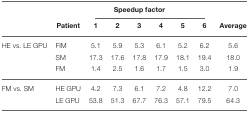
|  |  | <COLSPAN=6> Speedup factor |  |
 |  | Patient | 1 | 2 | 3 | 4 | 5 | 6 | Average |
 | --- | --- | --- | --- | --- | --- | --- | --- | --- |
 | HE vs. LE GPU | FIM | 5.1 | 5.9 | 5.3 | 6.1 | 5.2 | 6.2 | 5.6 |
 |  | SM | 17.3 | 17.6 | 17.8 | 17.9 | 18.1 | 19.4 | 18.0 |
 |  | FM | 1.4 | 2.5 | 1.6 | 1.7 | 1.5 | 3.0 | 1.9 |
 | FM vs. SM | HE GPU | 4.2 | 7.3 | 6.1 | 7.2 | 4.8 | 12.2 | 7.0 |
 |  | LE GPU | 53.8 | 51.3 | 67.7 | 76.3 | 57.1 | 79.5 | 64.3 |